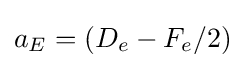
a_{E}=(D_{e}-F_{e}/2)